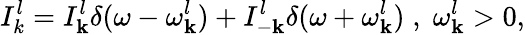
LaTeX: I_{k}^{l}=I_{\mathbf k}^{l}\delta(\omega-{\omega}_{\mathbf k}^{l})+I_{-\mathbf k}^{l}\delta(\omega+{\omega}_{\mathbf k}^{l})\; ,\; {\omega}_{\mathbf k}^{l}>0,